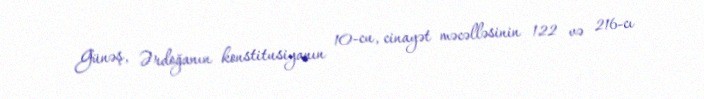
Günəş, Ərdoğanın konstitusiyanın 10-cu, cinayət məcəlləsinin 122 və 216-cı